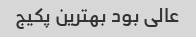
عالی بود بهترین پکیج